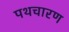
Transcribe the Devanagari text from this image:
पथचारण